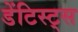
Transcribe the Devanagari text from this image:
डेंटिस्ट्स